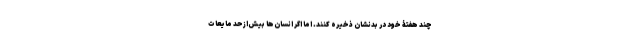
چند هفتۀ خود در بدنشان ذخیره کنند. اما اگر انسان‌ها بیش‌ازحد مایعات